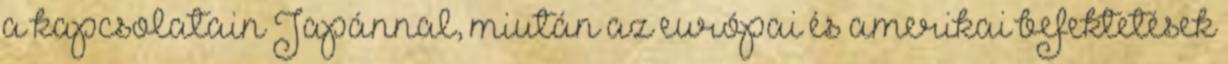
a kapcsolatain Japánnal, miután az európai és amerikai befektetések